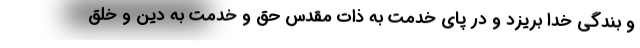
و بندگی خدا بریزد و در پای خدمت به ذات مقدس حق و خدمت به دین و خلق